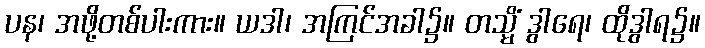
ပန၊ အဖို့တစ်ပါးကား။ ယဒါ၊ အကြင်အခါ၌။ တသ္မိံ ဒွါရေ၊ ထိုဒွါရ၌။